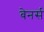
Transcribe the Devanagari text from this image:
बेनर्स